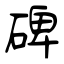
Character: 碑